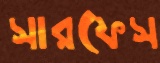
সারফেস